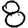
Digit: 8